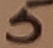
Text: 5